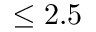
\leq 2 . 5